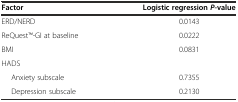
<table><thead><tr><td><b>Factor</b></td><td><b>Logistic regression <i>P</i>-value</b></td></tr></thead><tbody><tr><td>ERD/NERD</td><td>0.0143</td></tr><tr><td>ReQuestTM-GI at baseline</td><td>0.0222</td></tr><tr><td>BMI</td><td>0.0831</td></tr><tr><td>HADS</td><td></td></tr><tr><td>Anxiety subscale</td><td>0.7355</td></tr><tr><td>Depression subscale</td><td>0.2130</td></tr></tbody></table>